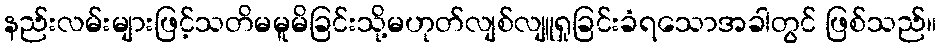
နည်းလမ်းများဖြင့်သတိမမူမိခြင်းသို့မဟုတ်လျစ်လျူရှုခြင်းခံရသောအခါတွင် ဖြစ်သည်။